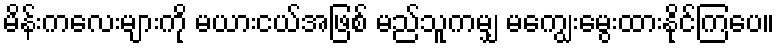
မိန်းကလေးများကို မယားငယ်အဖြစ် မည်သူကမျှ မကျွေးမွေးထားနိုင်ကြပေ။